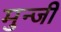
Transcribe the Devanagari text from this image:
मुन्जी